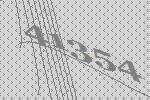
41354